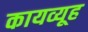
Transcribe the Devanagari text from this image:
कायव्यूह